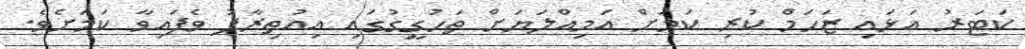
ކަޓަރު އަޅައި ޒަހަމް ކުރި ކަމަށް އަމިއްލަޔަށް ތަހުގީގުގައި އިއުތިރާފު ވެފައިވާ ކަމަށެވެ.